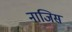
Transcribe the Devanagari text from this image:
नाजिस